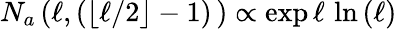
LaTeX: N_{a}\left(\ell,(\lfloor\ell/2\rfloor-1)\, \right)\propto\exp{\ell\, \ln{(\ell)}}